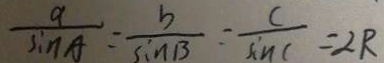
\frac { a } { \sin A } = \frac { b } { \sin B } = \frac { c } { \sin C } = 2 R